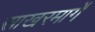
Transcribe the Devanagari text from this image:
साखरमार्गे